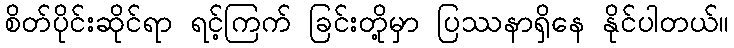
စိတ်ပိုင်းဆိုင်ရာ ရင့်ကြက် ခြင်းတို့မှာ ပြဿနာရှိနေ နိုင်ပါတယ်။